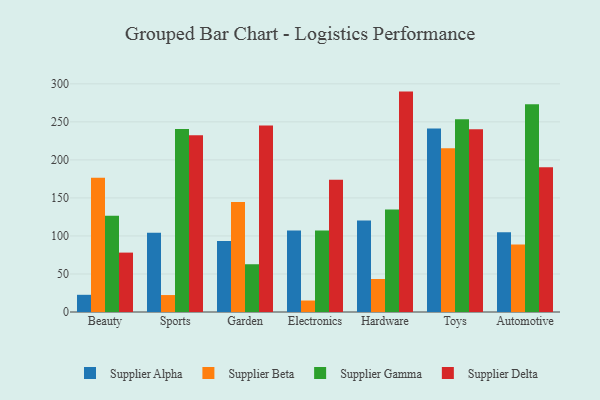
{"axis": {"x": "Category", "y": "Churn Rate (%)"}, "legend": ["Supplier Alpha", "Supplier Beta", "Supplier Delta", "Supplier Gamma"], "data": [{"x": "Beauty", "y": 22.6, "type": "Supplier Alpha"}, {"x": "Beauty", "y": 176.5, "type": "Supplier Beta"}, {"x": "Beauty", "y": 126.4, "type": "Supplier Gamma"}, {"x": "Beauty", "y": 78.1, "type": "Supplier Delta"}, {"x": "Sports", "y": 104.1, "type": "Supplier Alpha"}, {"x": "Sports", "y": 22.3, "type": "Supplier Beta"}, {"x": "Sports", "y": 240.6, "type": "Supplier Gamma"}, {"x": "Sports", "y": 232.5, "type": "Supplier Delta"}, {"x": "Garden", "y": 93.4, "type": "Supplier Alpha"}, {"x": "Garden", "y": 144.7, "type": "Supplier Beta"}, {"x": "Garden", "y": 62.8, "type": "Supplier Gamma"}, {"x": "Garden", "y": 245.1, "type": "Supplier Delta"}, {"x": "Electronics", "y": 107.3, "type": "Supplier Alpha"}, {"x": "Electronics", "y": 15.1, "type": "Supplier Beta"}, {"x": "Electronics", "y": 107.0, "type": "Supplier Gamma"}, {"x": "Electronics", "y": 173.9, "type": "Supplier Delta"}, {"x": "Hardware", "y": 120.2, "type": "Supplier Alpha"}, {"x": "Hardware", "y": 43.4, "type": "Supplier Beta"}, {"x": "Hardware", "y": 134.9, "type": "Supplier Gamma"}, {"x": "Hardware", "y": 289.8, "type": "Supplier Delta"}, {"x": "Toys", "y": 241.4, "type": "Supplier Alpha"}, {"x": "Toys", "y": 215.3, "type": "Supplier Beta"}, {"x": "Toys", "y": 253.6, "type": "Supplier Gamma"}, {"x": "Toys", "y": 240.3, "type": "Supplier Delta"}, {"x": "Automotive", "y": 105.0, "type": "Supplier Alpha"}, {"x": "Automotive", "y": 88.7, "type": "Supplier Beta"}, {"x": "Automotive", "y": 273.2, "type": "Supplier Gamma"}, {"x": "Automotive", "y": 190.3, "type": "Supplier Delta"}]}